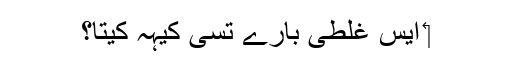
‏ ایس غلطی بارے تُسی کیہہ کیتا؟